Lunatic asylums Punjab 1911-1921 - 1911-1921
Year: 1911
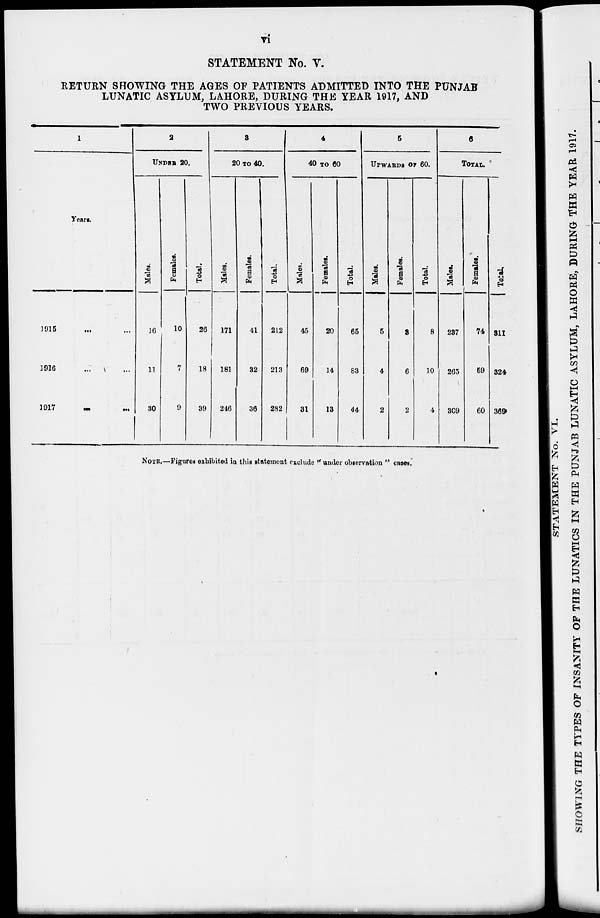
vi
STATEMENT No. V.
RETURN SHOWING THE AGES OF PATIENTS ADMITTED INTO THE PUNJAB
LUNATIC ASYLUM, LAHORE, DURING THE YEAR 1917, AND
TWO PREVIOUS YEARS.
1
Years.
1915 ... ...
1916 ... ...
1917
...
...
2
UNDER 20.
Males.
16
11
30
Females.
10
7
9
Total.
26
18
39
3
20 TO 40.
Males.
171
181
246
Females.
41
32
36
Total.
212
213
282
4
40 TO 60
Males.
45
69
31
Females.
20
14
13
Total.
65
83
44
5
UPWARDS OF 60.
Males.
5
4
2
Females.
3
6
2
Total.
8
10
4
6
TOTAL.
Males.
237
265
309
Females.
74
59
60
Total.
311
324
369
NOTE.—Figures exhibited in this statement exclude " under observation " cases.